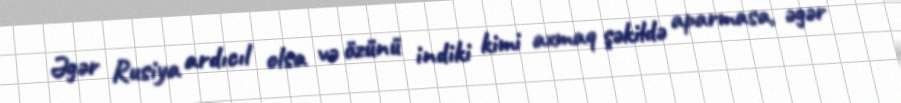
Əgər Rusiya ardıcıl olsa və özünü indiki kimi axmaq şəkildə aparmasa, əgər